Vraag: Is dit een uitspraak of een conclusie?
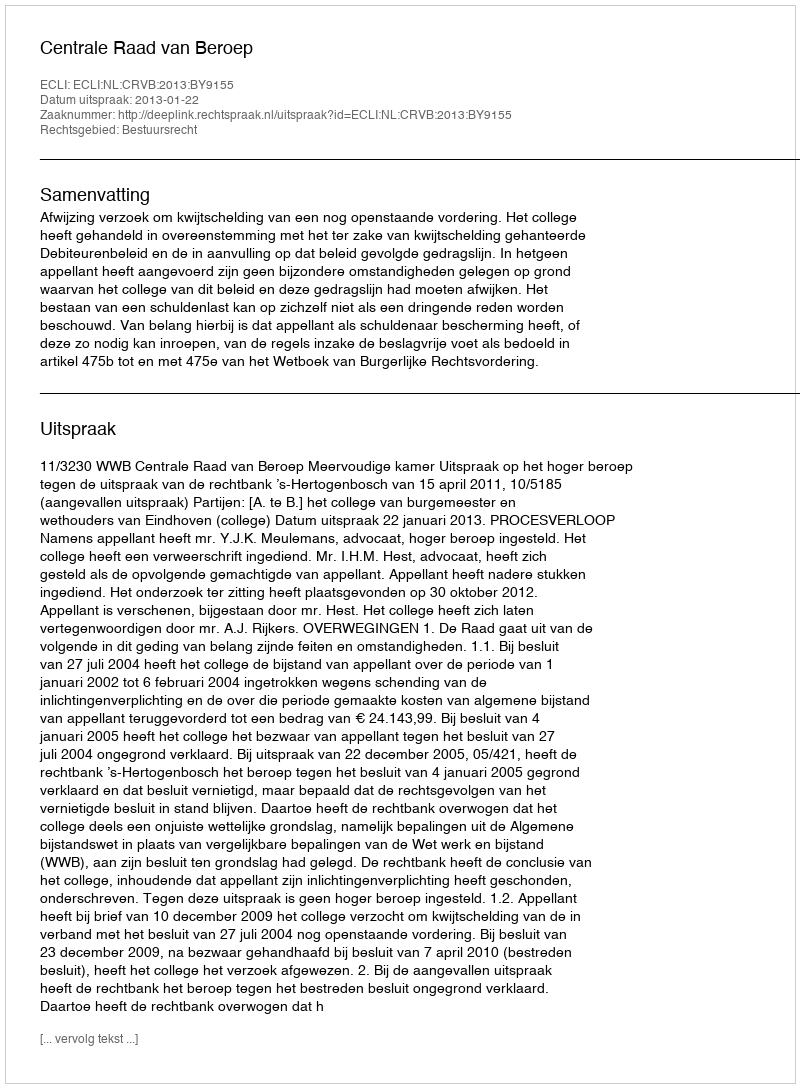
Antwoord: Uitspraak